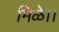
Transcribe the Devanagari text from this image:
मिळे।।